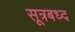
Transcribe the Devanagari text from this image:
सूत्रबध्द